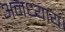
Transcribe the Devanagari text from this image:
अनध्याय।